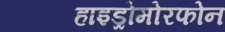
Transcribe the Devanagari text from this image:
हाइड्रोमोरफोन